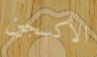
الأكسجين